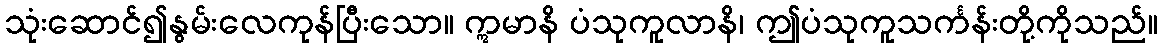
သုံးဆောင်၍နွမ်းလေကုန်ပြီးသော။ ဣမာနိ ပံသုကူလာနိ၊ ဤပံသုကူသင်္ကန်းတို့ကိုသည်။